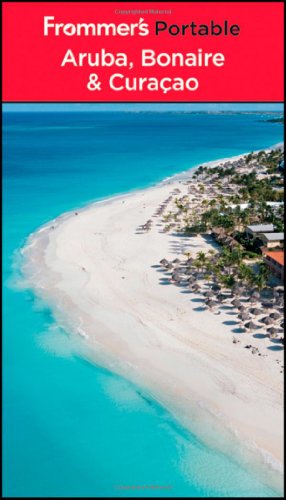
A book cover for Frommer's Portable Aruba, Bonaire and Curacao; Christina Paulette ColÃ³n; Travel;